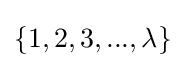
\{1,2,3,...,\lambda \}